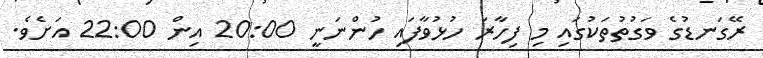
ރޭގަނޑުގެ ވަގުތުތަކުގައި މި ފިހާރަ ހުޅުވާފައި ހުންނަނީ 20:00 އިން 22:00 އަށެވެ.